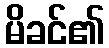
မိခင်၏